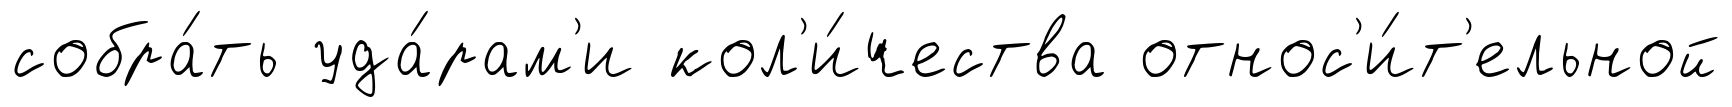
собра́ть уда́рам'и кол'и́чества относ'и́т'ельной